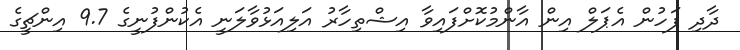
ދާދި ފަހުން އެޕަލް އިން އާންމުކޮށްފައިވާ އިޝްތިހާރު އަލިއަޅުވާލަނީ އެކުންފުނީގެ 9.7 އިންޗީގެ